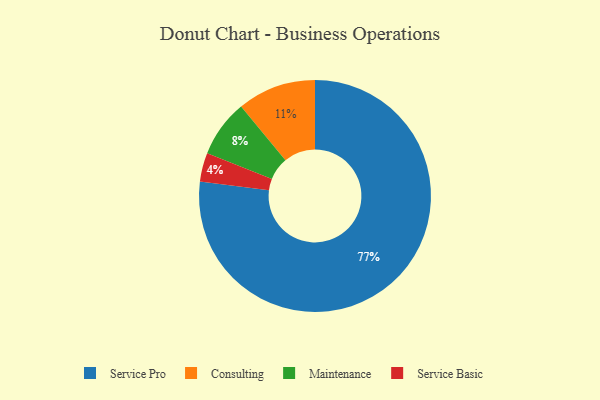
{"axis": {"x": "Category", "y": "Percentage"}, "legend": ["Consulting", "Maintenance", "Service Basic", "Service Pro"], "data": [{"x": "Consulting", "y": 11, "type": "Consulting"}, {"x": "Service Pro", "y": 77, "type": "Service Pro"}, {"x": "Maintenance", "y": 8, "type": "Maintenance"}, {"x": "Service Basic", "y": 4, "type": "Service Basic"}]}